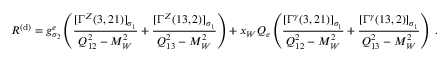
{ \cal R } ^ { ( \mathrm { d } ) } = g _ { \sigma _ { 2 } } ^ { e } \left( \frac { [ \Gamma ^ { Z } ( 3 , 2 1 ) ] _ { \sigma _ { 1 } } } { Q _ { 1 2 } ^ { 2 } - M _ { W } ^ { 2 } } + \frac { [ \Gamma ^ { Z } ( 1 3 , 2 ) ] _ { \sigma _ { 1 } } } { Q _ { 1 3 } ^ { 2 } - M _ { W } ^ { 2 } } \right) + x _ { W } Q _ { e } \left( \frac { [ \Gamma ^ { \gamma } ( 3 , 2 1 ) ] _ { \sigma _ { 1 } } } { Q _ { 1 2 } ^ { 2 } - M _ { W } ^ { 2 } } + \frac { [ \Gamma ^ { \gamma } ( 1 3 , 2 ) ] _ { \sigma _ { 1 } } } { Q _ { 1 3 } ^ { 2 } - M _ { W } ^ { 2 } } \right) \; .